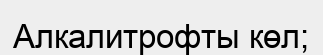
Алкалитрофты көл;